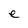
Character: e